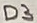
Text: D3